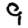
Digit: 9